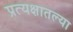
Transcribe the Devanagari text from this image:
प्रत्यक्षातल्या